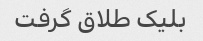
بلیک طلاق گرفت